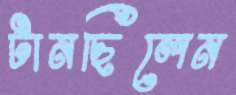
টানছিলেন